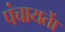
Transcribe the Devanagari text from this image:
पंचायताें